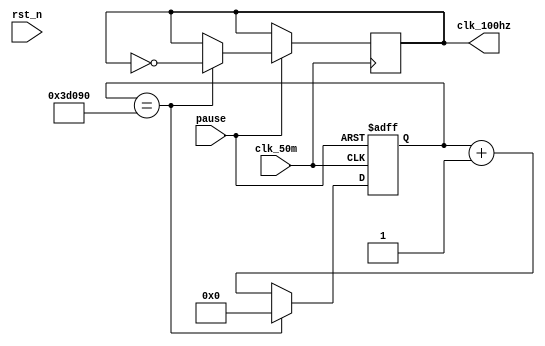
//--------------------------------------------
//
module clock(
              input clk_50m, 
              input pause, rst_n,
              output reg clk_100hz 
); 

reg  [24:0]  cnt;  

always@(posedge clk_50m or negedge pause ) 
begin  
	if(!pause)  
		cnt<=24'd0;  
	else if(cnt==250000)
		begin   
			cnt<=24'd0;   
			clk_100hz<=~clk_100hz;  
		end  
	else   
		cnt<=cnt+1; 
end 
endmodule 

//--------------------------------------------
//
module cnt10(
             input pause,clk, rst_n,
             output reg [3:0] cnt,
             output reg out
); 
always@(posedge clk or negedge rst_n) 
begin  
  if(!rst_n)   
    cnt<=4'b000; 
  else if(cnt==4'd9)   
    begin cnt<=4'b000; out<=1'b1; end
  else   
    begin cnt<=cnt+1; out<=1'b0; end
end 
endmodule 


module cnt60(
input pause,clk, rst_n,
output reg [3:0] cnt,
output reg out
); 
always@(posedge clk or negedge rst_n) 
begin  
  if(!rst_n)   
    cnt<=4'b000; 
  else if(cnt==4'd9)   
    begin cnt<=4'b000; out<=1'b1; end  
  else   
    begin cnt<=cnt+1; out<=1'b0; end 
end 
endmodule 

module cnt600(
input pause,clk, rst_n,
output reg [3:0] cnt,
output reg out
); 
always@(posedge clk or negedge rst_n) 
begin  
  if(!rst_n)   
    cnt<=4'b000; 
  else if(cnt==4'd9)   
    begin cnt<=4'b000; out<=1'b1; end  
  else   
    begin cnt<=cnt+1; out<=1'b0; end 
end 
endmodule



module cnt3600(
input pause,clk,rst_n,
output reg [3:0] cnt,
output reg out
); 
always@(posedge clk or negedge rst_n) 
begin  
  if(!rst_n)   
    cnt<=4'b000; 
  else if(cnt==4'd5)   
    begin cnt<=4'b000; out<=1'b1; end  
  else   
    begin cnt<=cnt+1; out<=1'b0; end 
end 
endmodule


module cnt36000(
input pause,clk, rst_n,
output reg [3:0] cnt,
output reg out
); 
always@(posedge clk or negedge rst_n) 
begin  
  if(!rst_n)   
    cnt<=4'b000; 
  else if(cnt==4'd9)   
    begin cnt<=4'b000; out<=1'b1; end  
  else   
    begin cnt<=cnt+1; out<=1'b0; end 
end 
endmodule



module cnt21600(
input pause,clk,rst_n,
output reg [3:0] cnt,
output reg out
); 
always@(posedge clk or negedge rst_n) 
begin  
  if(!rst_n)   
    cnt<=4'b000; 
  else if(cnt==4'd5)   
    begin cnt<=4'b000; out<=1'b1; end  
  else   
    begin cnt<=cnt+1; out<=1'b0; end 
end 
endmodule


//--------------------------------------------
//-

module segment(
input        [3:0] cnt, 
output  reg  [6:0] hex
);
assign  scan=4'b0001; 
always@(cnt) 
begin   
  case(cnt)   
    4'b0001:hex= 7'b1111001;	   // ---t---- 
	 4'b0010:hex= 7'b0100100; 	// |	  |
	 4'b0011:hex= 7'b0110000; 	// lt	 rt 
	 4'b0100:hex= 7'b0011001; 	// |	  |
	 4'b0101:hex= 7'b0010010; 	// ---m----
	 4'b0110:hex= 7'b0000010; 	// |	  |
	 4'b0111:hex= 7'b1111000; 	// lb	 rb
	 4'b1000:hex= 7'b0000000; 	// |	  |
	 4'b1001:hex= 7'b0011000; 	// ---b----
	 4'b1010:hex= 7'b1000000;
	 default:hex= 7'b1000000;  
  endcase 
 end 
endmodule